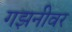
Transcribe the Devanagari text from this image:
गझनीवर